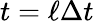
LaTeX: t=\ell\Delta t